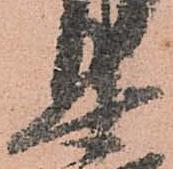
十